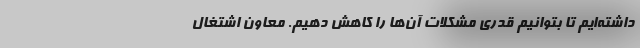
داشته‌ایم تا بتوانیم قدری مشکلات آن‌ها را کاهش دهیم. معاون اشتغال